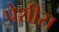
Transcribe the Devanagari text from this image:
पेशीस